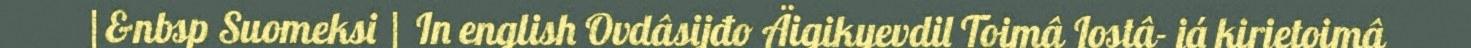
|&nbsp Suomeksi | In english Ovdâsijđo Äigikyevdil Toimâ Lostâ- já kirjetoimâ